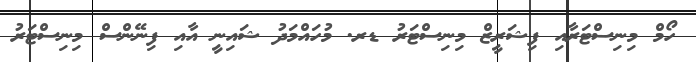
ހޯމް މިނިސްޓަރާއި ފިޝަރީޒް މިނިސްޓަރު ޑރ. މުހައްމަދު ޝައިނީ އާއި ފިނޭންސް މިނިސްޓަރު